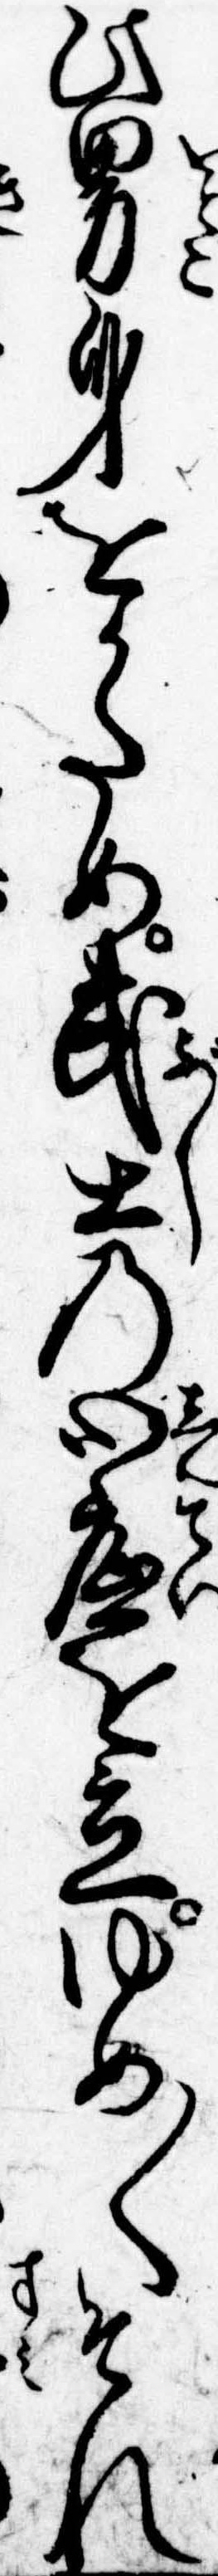
此男身をかため武士の心底を立ゆめ〱それ